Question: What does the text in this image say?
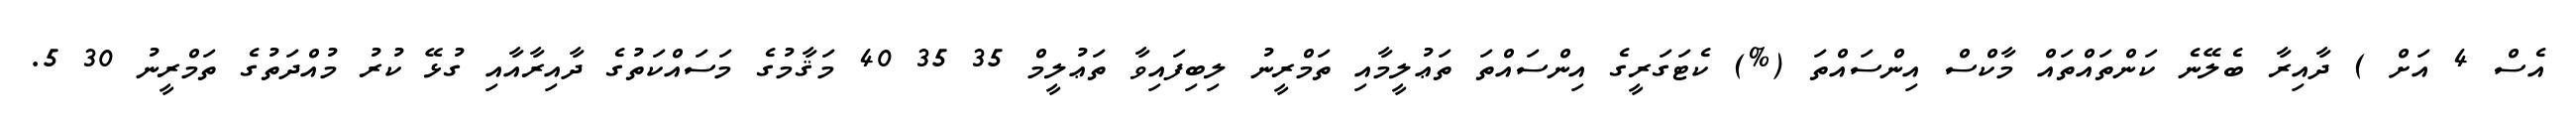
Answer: އެސް 4 އަށް ) ދާއިރާ ބެލޭނެ ކަންތައްތައް މާކްސް އިންސައްތަ (%) ކެޓަގަރީގެ އިންސައްތަ ތަޢުލީމާއި ތަމްރީނު ލިބިފައިވާ ތަޢުލީމް 35 35 40 މަޤާމުގެ މަސައްކަތުގެ ދާއިރާއާއި ގުޅޭ ކުރު މުއްދަތުގެ ތަމްރީނު 30 5.